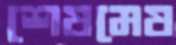
শেষমেষ